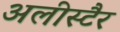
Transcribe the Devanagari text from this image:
अलीस्टैर